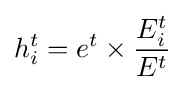
h_{i}^{t}=e^{t}\times {E_{i}^{t} \over E^{t}}